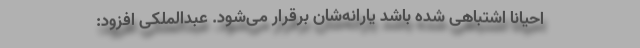
احیاناً اشتباهی شده باشد یارانه‌شان برقرار می‌شود. عبدالملکی افزود: